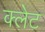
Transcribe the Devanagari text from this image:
क्लेट